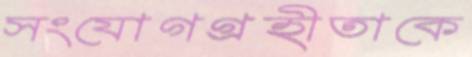
সংযোগগ্রহীতাকে